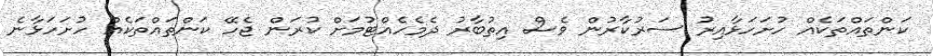
ކަންތައްތަކެއް ހުށަހަޅާއިރު ސަރުކާރުން ވެސް އިތުބާރު ދެމެހެއްޓުމަށް ކުރަން ޖެހޭ ކަންތައްތަކެއް ހުށަހަޅާނެ